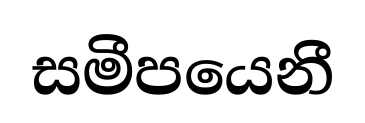
සමීපයෙනී